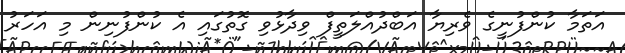
އަތަމާ ކުންފުނީގެ ވެރިޔާ އަބްދުއްލަތީފް ވިދާޅުވި ގޮތުގައި އެ ކުންފުނިން މި އަހަރު